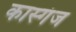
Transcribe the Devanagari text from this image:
कास्गंज